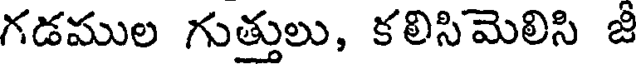
గడముల గుత్తులు, కలిసిమెలిసి జీ